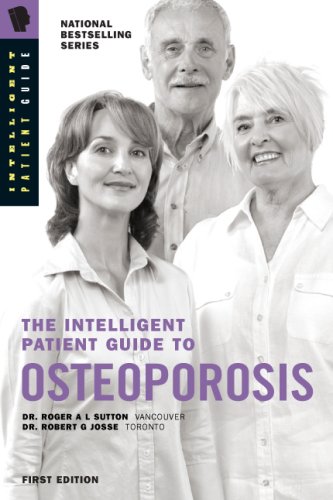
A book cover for The Intelligent Patient Guide to Osteoporosis: Diagnosis, bone density testing, DXA, T score, FRAX, calcium, vitamin D, exercise, medications/drugs, prevention/treatment in/of osteoporosis/fractures.; Dr. Roger A L Sutton; Health, Fitness & Dieting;